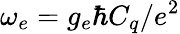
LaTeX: \omega_{e}=g_{e}\hbar C_{q}/e^{2}